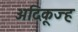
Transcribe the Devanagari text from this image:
अदिकूज्ह